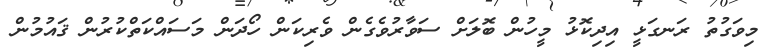
މިވަގުތު ރަނގަޅީ އިދިކޮޅު މީހުން ބޮލަށް ސަވާރުވެގެން ވެރިކަން ހޯދަން މަަސައްކަތްކުރުން ޤައުމުން